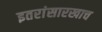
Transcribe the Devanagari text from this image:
इतरांसारखाच